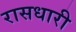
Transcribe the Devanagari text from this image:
रासधारी